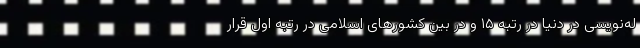
له‌نویسی در دنیا در رتبه ۱۵ و در بین کشورهای اسلامی در رتبه اول قرار